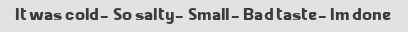
It was cold- So salty- Small- Bad taste- Im done